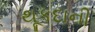
થૂકદાની